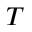
T